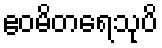
ဧဝမိတရေသုပိ